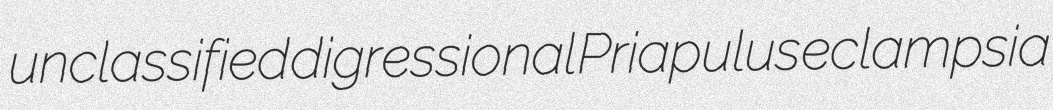
unclassified digressional Priapulus eclampsia